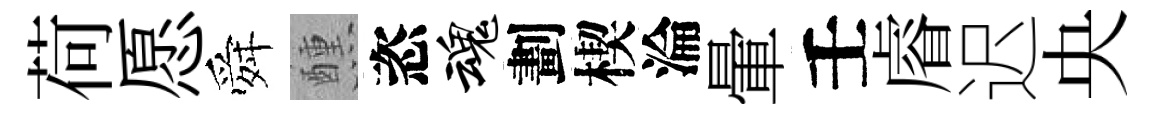
荷愿舜醺恣魂劃楔淪暈壬𥈠迟央